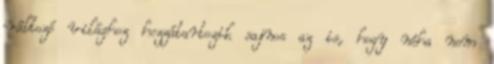
változó világhoz hozzátartozik sajnos az is, hogy néha nem